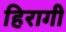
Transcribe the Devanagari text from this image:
हिरागी